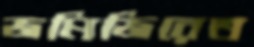
জমিজিরেত